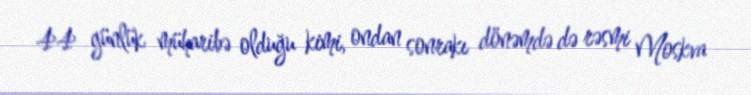
44 günlük müharibə olduğu kimi, ondan sonrakı dönəmdə də rəsmi Moskva